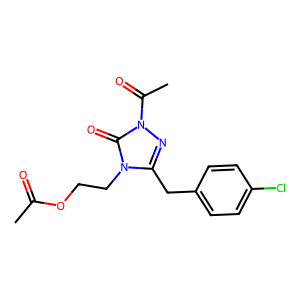
SMILES: CC(=O)OCCn1c(Cc2ccc(Cl)cc2)nn(C(C)=O)c1=O
Inhibits HIV replication: No